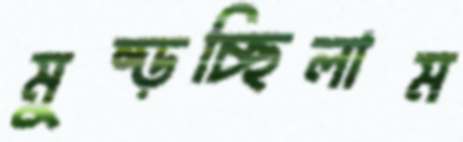
মুষ্‌ড়চ্ছিলাম